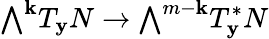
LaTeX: {\textstyle\bigwedge}^{\mathbf{k}}T_{\mathbf{y}}N\to{\textstyle\bigwedge}^{m-\mathbf{k}}T_{\mathbf{y}}^{*}N